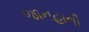
જાનહાની